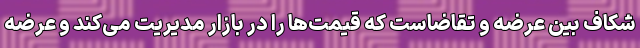
شکاف بین عرضه و تقاضاست که قیمت‌ها را در بازار مدیریت می‌کند و عرضه